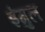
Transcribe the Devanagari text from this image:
इंगुल